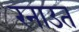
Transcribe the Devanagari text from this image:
रनाउत